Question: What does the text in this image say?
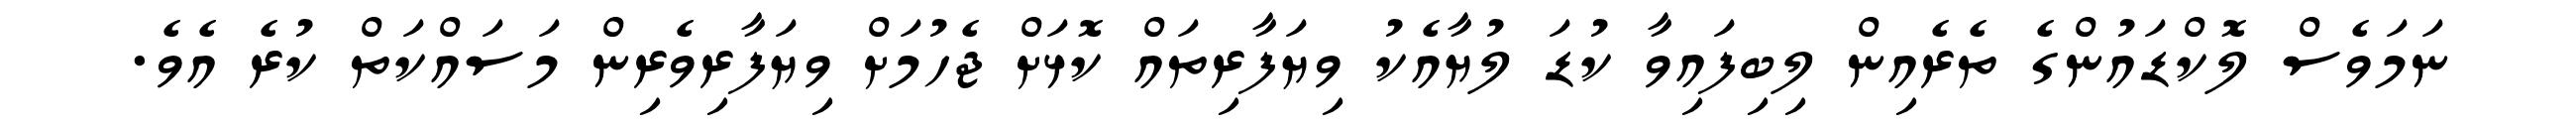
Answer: ނަމަވެސް ލޮކްޑައުންގެ ތެރެއިން ލިބިފައިވާ ކުޑަ ލުޔާއެކު ވިޔަފާރިތައް ކޮޅަށް ޖެހުމަށް ވިޔަފާރިވެރިން މަސައްކަތް ކުރެ އެވެ.